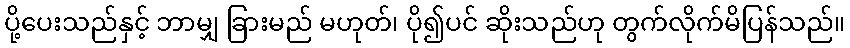
ပို့ပေးသည်နှင့် ဘာမျှ ခြားမည် မဟုတ်၊ ပို၍ပင် ဆိုးသည်ဟု တွက်လိုက်မိပြန်သည်။